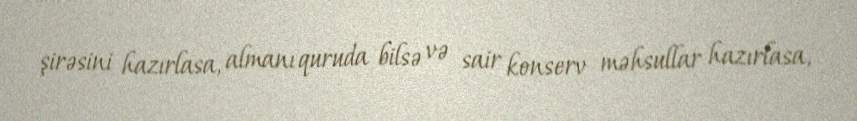
şirəsini hazırlasa, almanı quruda bilsə və sair konserv məhsullar hazırlasa,